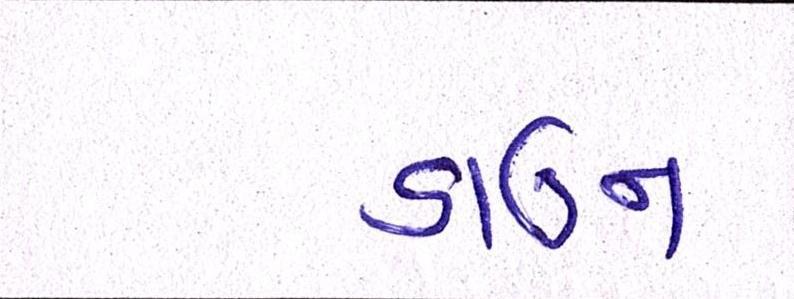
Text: ડાઉન